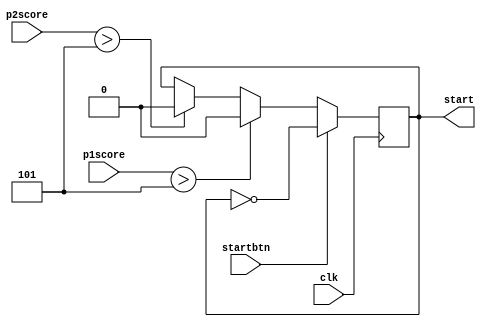
`timescale 1ns / 1ps
//////////////////////////////////////////////////////////////////////////////////
// Company: 
// Engineer: 
// 
// Design Name: 
// Module Name: game_controller
// Project Name: 
// Target Devices: 
// Tool Versions: 
// Description: 
// 
// Dependencies: 
// 
// Revision:
// Revision 0.01 - File Created
// Additional Comments:
// 
//////////////////////////////////////////////////////////////////////////////////


module game_controller(
    input clk,
    input [3:0] p1score,
    input [3:0] p2score,
    input startbtn,
    output reg start
    );
  initial begin
    start = 0;
  end  
    always @(posedge clk) begin
        if (startbtn) begin
            start <= ~start;
        end
        else if (p1score > 5 ) begin
            start <= 0;
        end
        else if (p2score > 5 ) begin
            start <= 0;
        end 
        
    end
endmodule